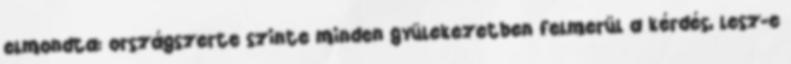
elmondta: országszerte szinte minden gyülekezetben felmerül a kérdés, lesz-e